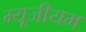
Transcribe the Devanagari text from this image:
म्‍यूजीयम